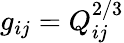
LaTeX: g_{ij}=Q_{ij}^{2/3}